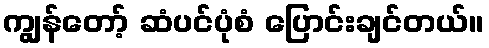
ကျွန်တော့် ဆံပင်ပုံစံ ပြောင်းချင်တယ်။